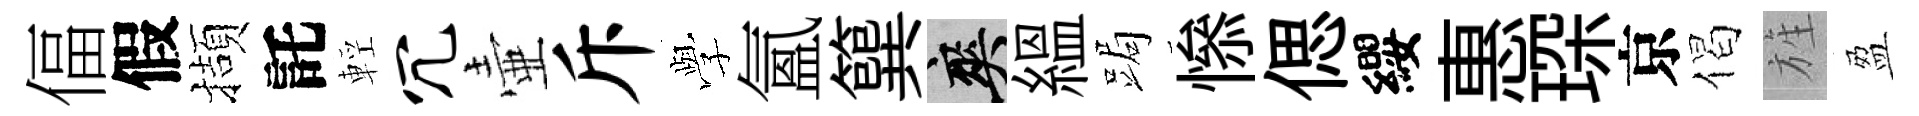
偪假擷託輕冗壷斥𫝯氳簨爽緼跼𢡖偲纓惠琛京偈旌盈